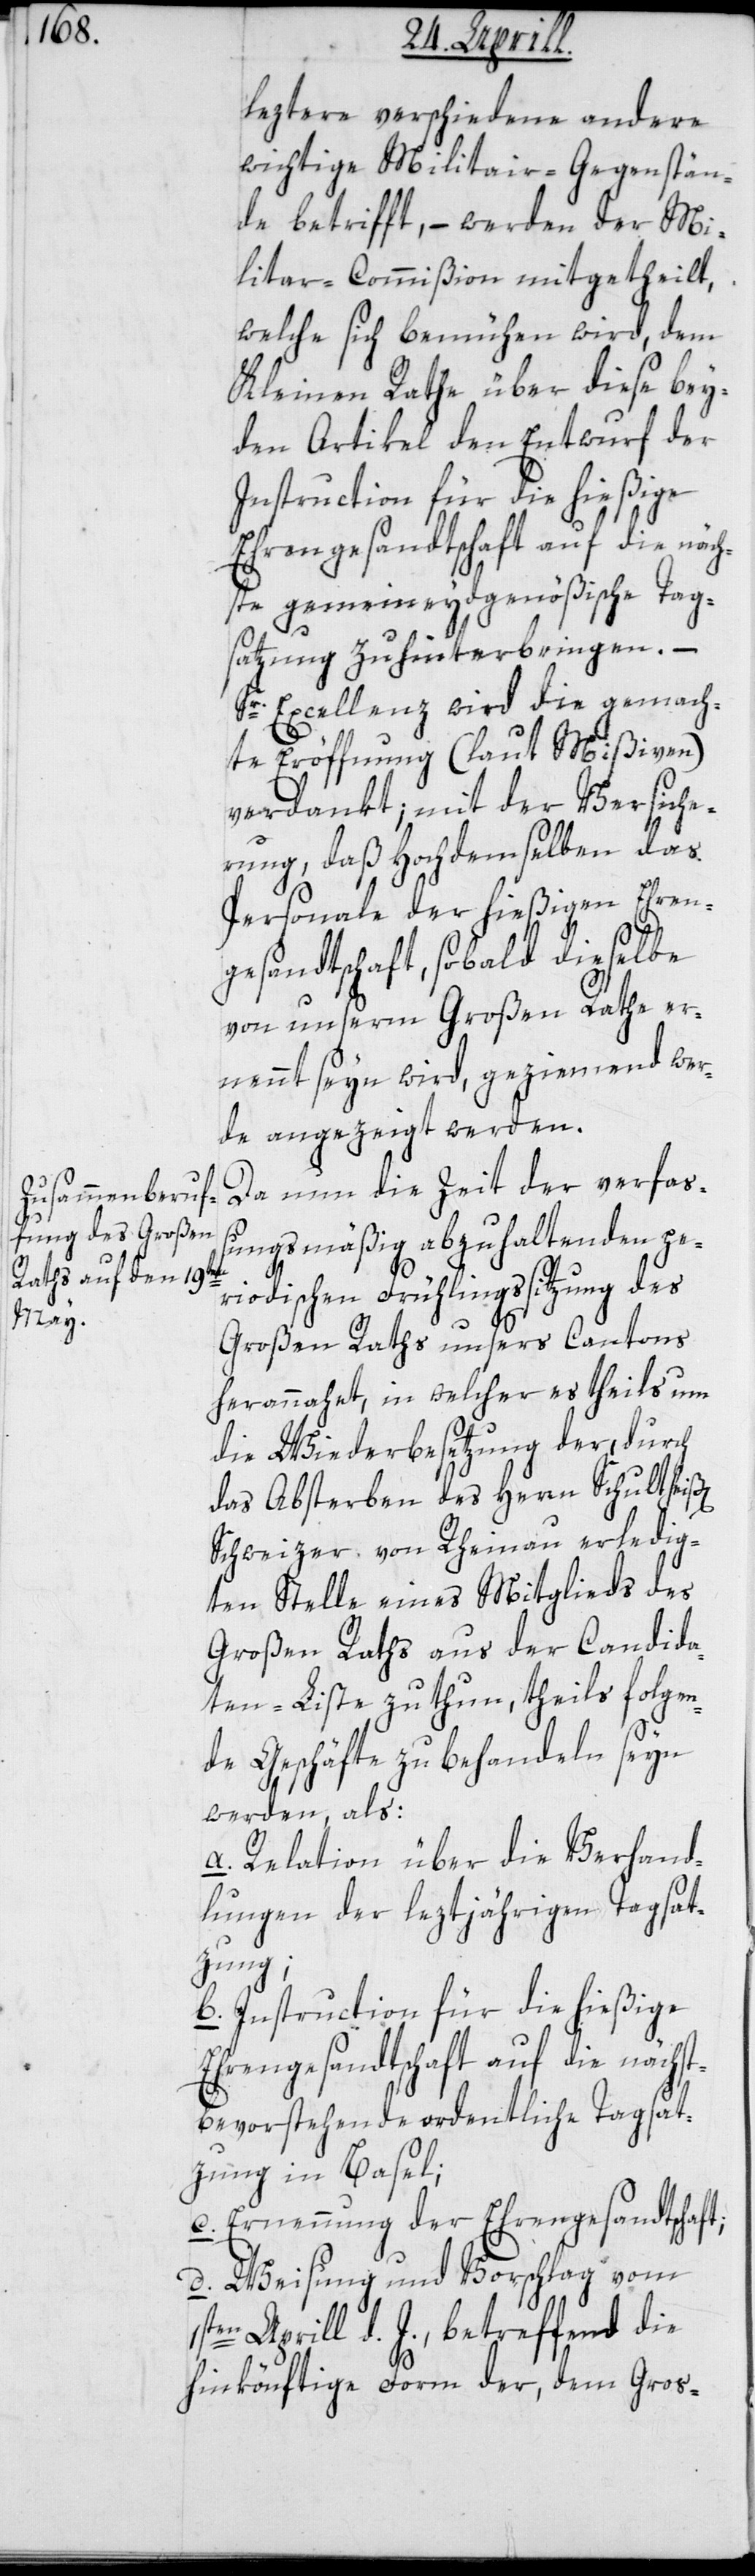
1s¬

leztere verschiedene andere
wichtige Militair-Gegenstän¬
de betrifft, – werden der Mi¬
litar-Commißion mitgetheilt,
welche sich bemühen wird, dem
Kleinen Rathe über diese bey¬
den Artikel den Entwurf der
Instruction für die hießige
Ehrengesandtschaft auf die näch¬
ste gemeineydgenößische Tag¬
satzung zu hinterbringen. –
Sr. Excellenz wird die gemach¬
te Eröffnung (laut Mißiven)
verdankt; mit der Versiche¬
rung, daß hochdemselben das
Personale der hießigen Ehren¬
gesandtschaft, sobald dieselbe
von unserm Großen Rathe er¬
nennt seyn wird, geziemend wer¬
de angezeigt werden.
Da nun die Zeit der verfaß¬
ungsmäßig abzuhaltenden pe¬
riodischen Frühlingssitzung des
Großen Raths unsers Cantons
herannahet, in welcher es theils um
die Wiederbesetzung der durch
das Absterben des Herrn Schultheiß[e¬
Schweizer von Rheinau erledig¬
ten Stelle eines Mitglieds des
Großen Raths aus der Candida¬
ten-Liste zu thun, theils folgen¬
de Geschäfte zu behandeln seyn
werden, als:
a. Relation über die Verhand¬
lungen der letztjährigen Tagsat¬
zung;
b. Instruction für die hießige
Ehrengesandtschaft auf die nächst
bevorstehende ordentliche Tagsat¬
zung in Basel;
c. Ernennung der Ehrengesandtschaft;
d. Weisung und Vorschlag vom
ten Aprill d. J., betreffend die
hinkönftige Form der, dem Gros-